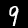
Digit: 9